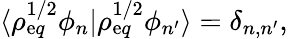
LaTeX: \langle\rho_{\mathrm{e}q}^{1/2}\phi_{n}\rvert\rho_{\mathrm{e}q}^{1/2}\phi_{n^{\prime}}\rangle=\delta_{n,n^{\prime}},